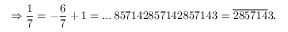
\Rightarrow { \frac { 1 } { 7 } } = - { \frac { 6 } { 7 } } + 1 = \dots 8 5 7 1 4 2 8 5 7 1 4 2 8 5 7 1 4 3 = { \overline { { 2 8 5 7 1 4 } } } 3 .